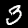
Label: 3